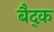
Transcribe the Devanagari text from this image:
बैद्क